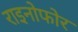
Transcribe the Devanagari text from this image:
राइनोफोर